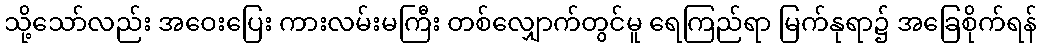
သို့သော်လည်း အဝေးပြေး ကားလမ်းမကြီး တစ်လျှောက်တွင်မူ ရေကြည်ရာ မြက်နုရာ၌ အခြေစိုက်ရန်